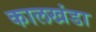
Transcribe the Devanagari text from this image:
कालखंडा